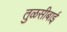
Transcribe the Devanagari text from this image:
तुळसीबाई